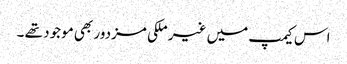
اس کیمپ میں غیر ملکی مزدور بھی موجود تھے ۔